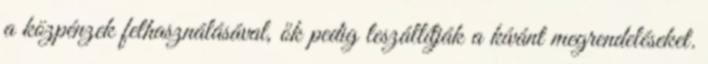
a közpénzek felhasználásával, ők pedig leszállítják a kívánt megrendeléseket.